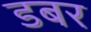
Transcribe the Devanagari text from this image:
डबर